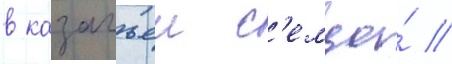
в казачьеи с'емье́ //